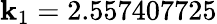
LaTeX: \mathbf{k}_{1}=2.557407725